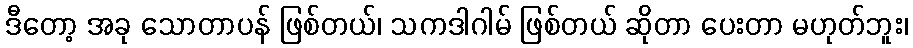
ဒီတော့ အခု သောတာပန် ဖြစ်တယ်၊ သကဒါဂါမ် ဖြစ်တယ် ဆိုတာ ပေးတာ မဟုတ်ဘူး၊